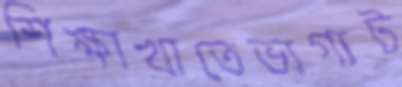
শিক্ষাখাতেভাগ্যট